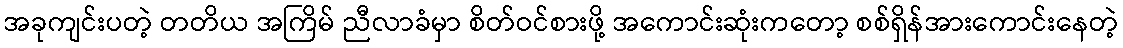
အခုကျင်းပတဲ့ တတိယ အကြိမ် ညီလာခံမှာ စိတ်ဝင်စားဖို့ အကောင်းဆုံးကတော့ စစ်ရှိန်အားကောင်းနေတဲ့